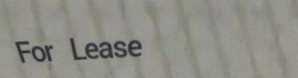
For Lease